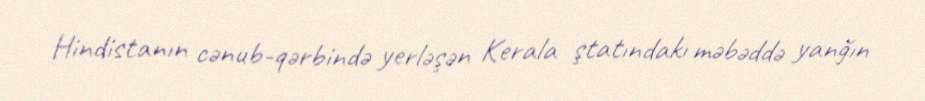
Hindistanın cənub-qərbində yerləşən Kerala ştatındakı məbəddə yanğın